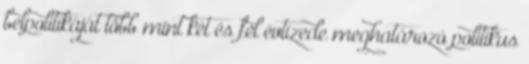
belpolitikáját több mint két és fél évtizede meghatározó politikus